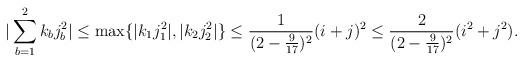
LaTeX: \begin{align*}|\sum_{b=1}^2k_bj_b^2|\leq\max\{|k_1j_1^2|,|k_2j_2^2|\}\leq\frac{1}{(2-\frac{9}{17})^2}(i+j)^2\leq\frac{2}{(2-\frac{9}{17})^2}(i^2+j^2).\end{align*}